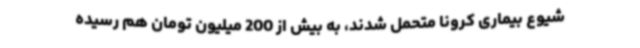
شیوع بیماری کرونا متحمل شدند، به بیش از 200 میلیون تومان هم رسیده